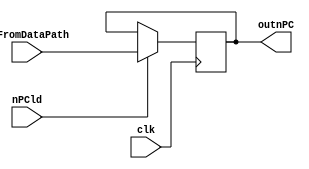
/* Module of nPC register
   Programmed by: Lianne Snchez Rodrguez
   Phase 4 
   Professor: Nestor Rodrguez 
*/
module npc(output reg [31:0] outnPC, input [31:0] inFromDataPath, input nPCld, input clk);
	 initial begin
	  	outnPC = 32'h00000004;
	 end
	always @(posedge clk) 
		begin	
			//$display("npcInside",outnPC);
			if (nPCld == 1)
				//if(inFromDataPath==52) outnPC <=pc.outPC;
				outnPC <= inFromDataPath;
		end
endmodule

// module nextProgramCounter; 
// 	// Inputs of ALU
	
// 	reg [31:0] in;
// 	reg nPCld;
// 	reg clk=0;
// 	//Outputs of ALU module
// 	wire [31:0] out;
// 	//test duration
// 	parameter stop_time = 10590;

// 	npc npc(out, in, nPCld, clk);
// 	initial #stop_time $finish;

// 	initial begin

// 	#10 in= 32'b00000000000000000000000000000000; nPCld = 1;  
//  	#20 in= 32'b00000001111000000000000000000000; #30 nPCld=0;
//  	#30 in= 32'b00000000000111100000000000000000; 
//  	#40 in= 32'b01111110000000000000000000000000;

// 	end
// 		initial begin
// 		repeat (500) begin
// 			#5 clk = ~clk;
// 		end
// 	end
// 	initial begin
// 		$display ("\n\n\t\tOutput\t\t\tInput\t\t\tNPCld");
// 		$monitor ("%0d\t%b\t\t%b\t%b", $time,in, out, nPCld);
// 	end
	
// endmodule